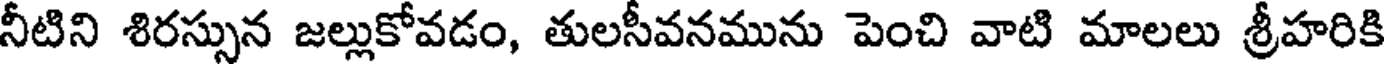
నీటిని శిరస్సున జల్లుకోవడం, తులసీవనమును పెంచి వాటి మాలలు శ్రీహరికి